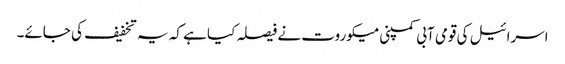
اسرائیل کی قومی آبی کمپنی میکوروت نے فیصلہ کیا ہے کہ یہ تخفیف کی جائے۔